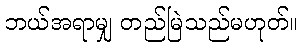
ဘယ်အရာမျှ တည်မြဲသည်မဟုတ်။